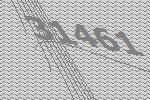
31461